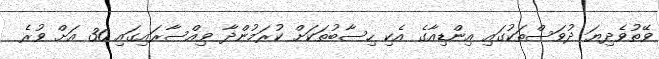
ވޭތުވެދިޔަ ދުވަސްތަކުގައި އިންޑިއާގެ އެކި ހިސާބުތަކަށް ކުރަމުންދާ ވިއްސާރައިގައި 30 އަށް ވުރެ